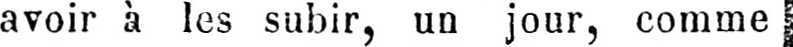
avoir à les subir, un jour, comme